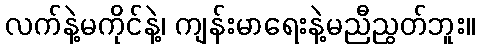
လက်နဲ့မကိုင်နဲ့၊ ကျန်းမာရေးနဲ့မညီညွတ်ဘူး။